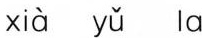
xià yǔ la